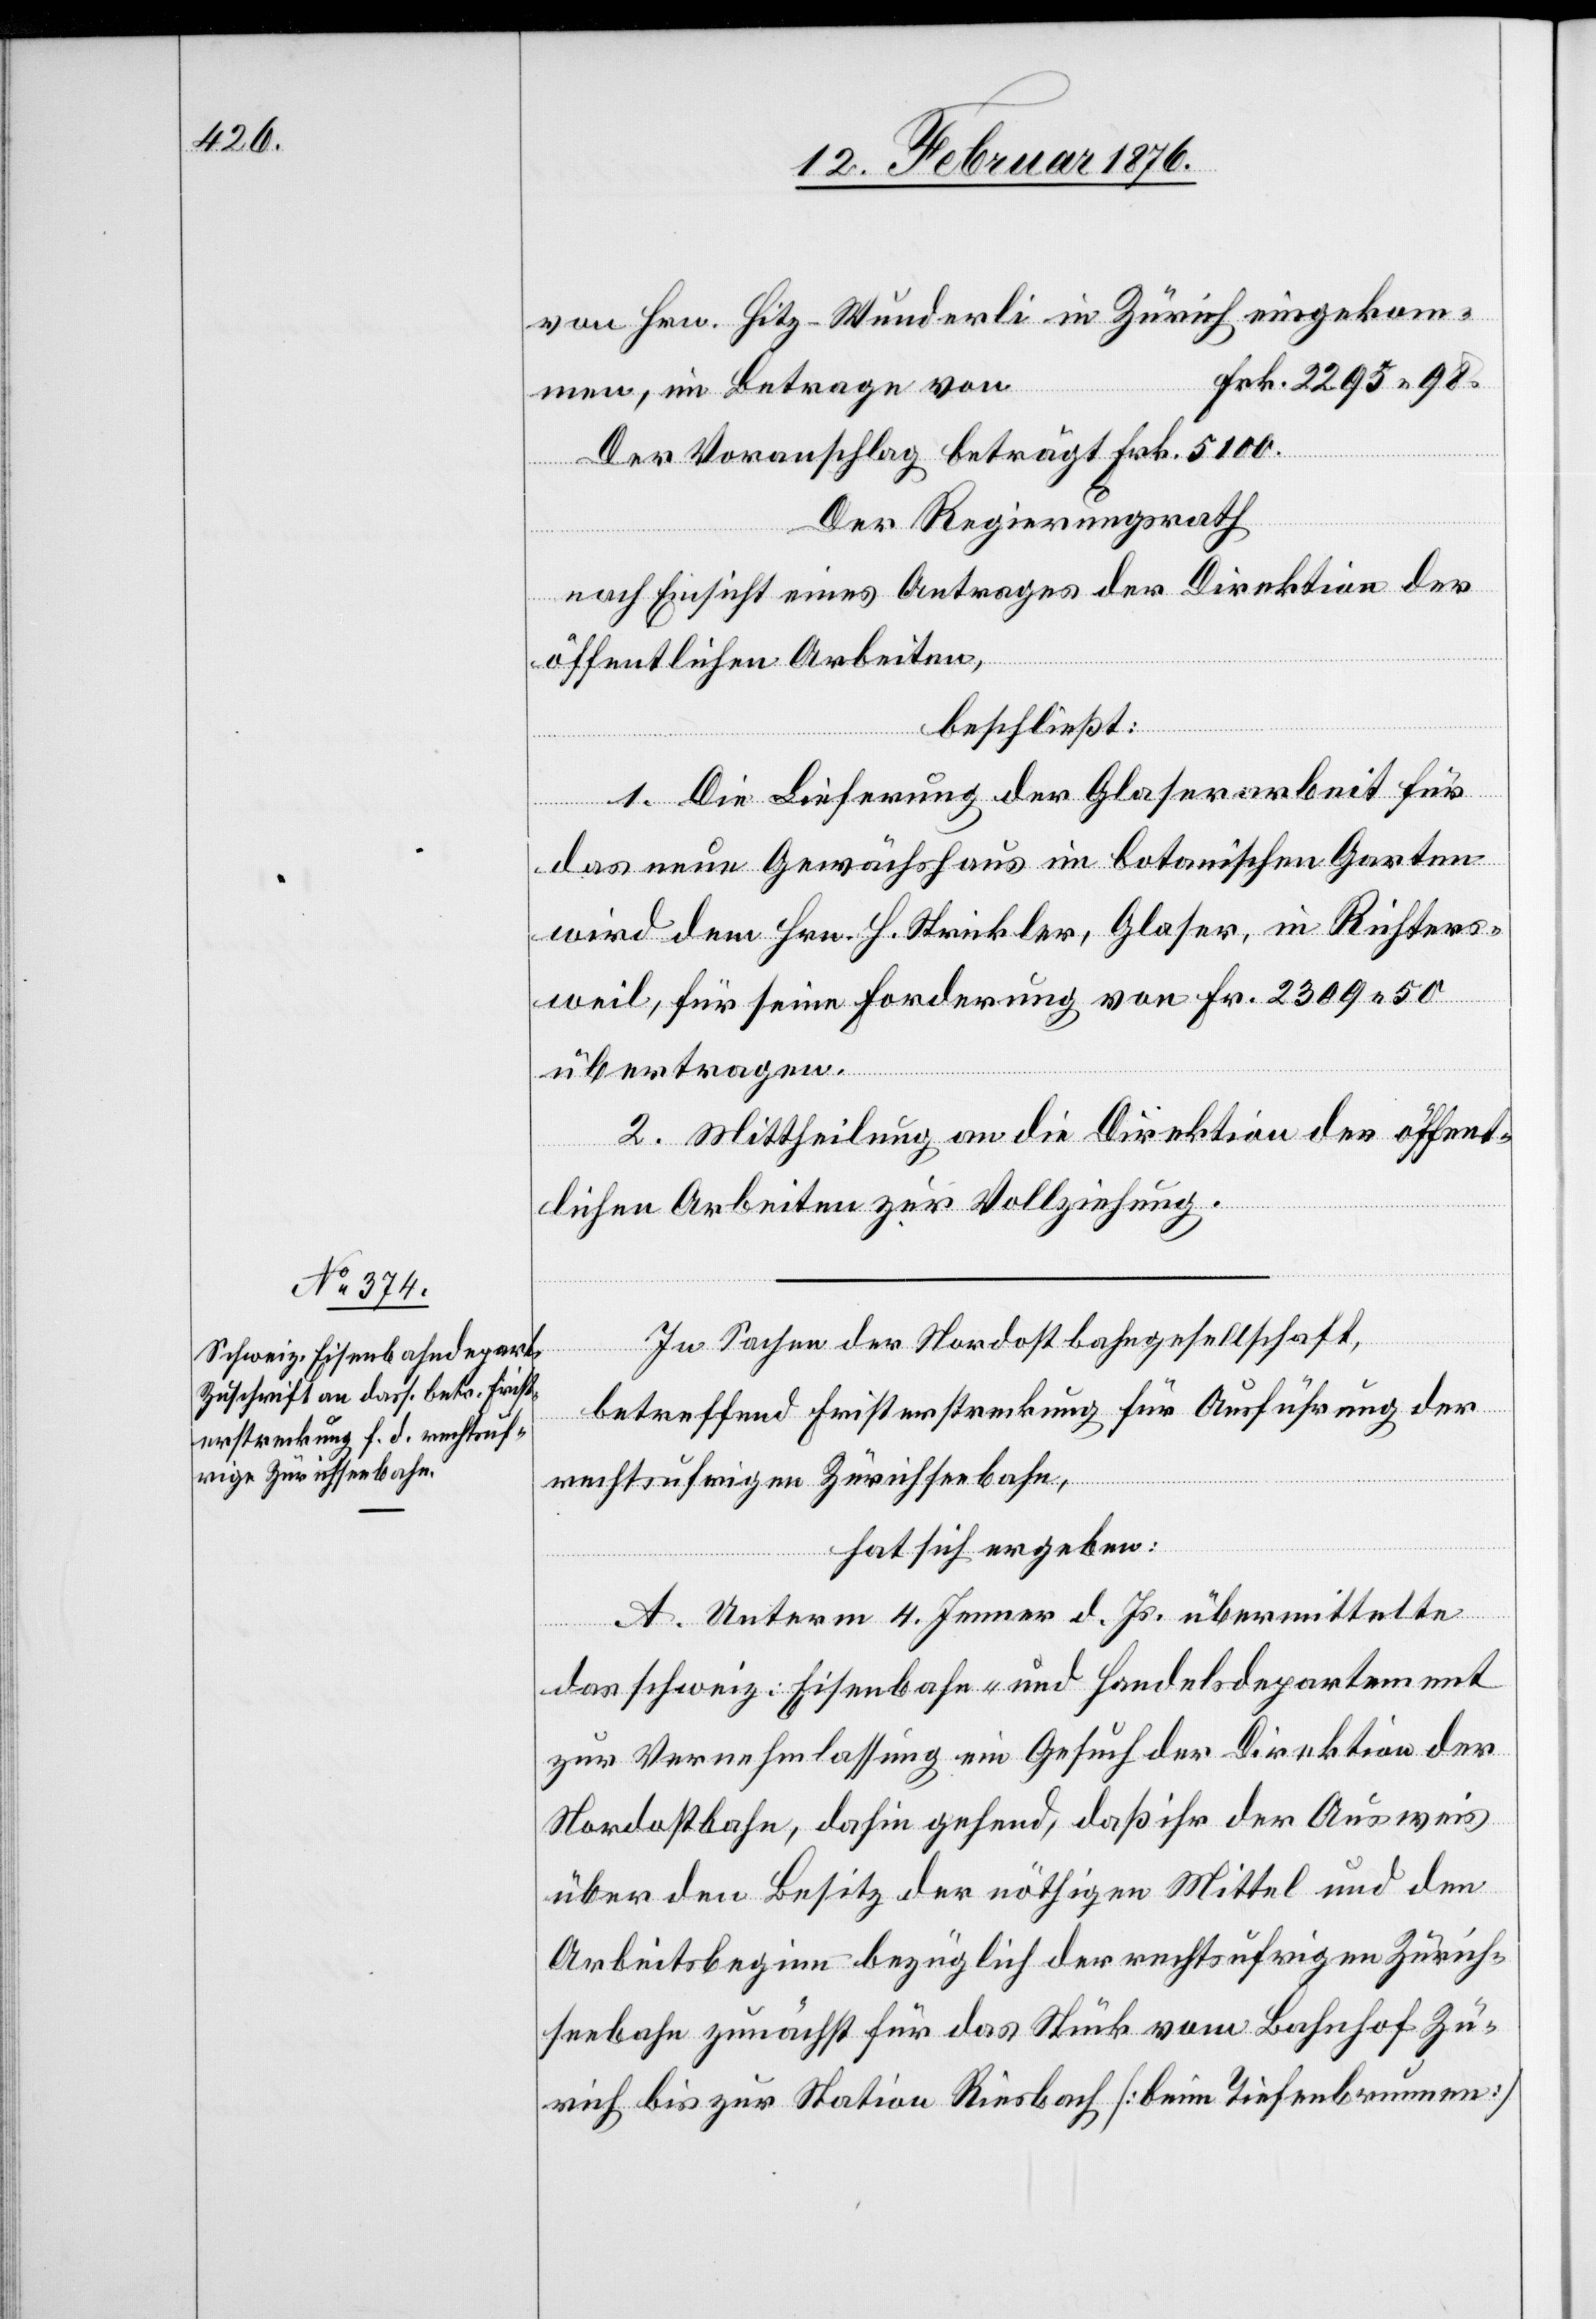
von Hrn. Hitz-Wunderli in Zürich eingekom¬
Frk. 2295 98.
men, im Betrage von
Der Regierungsrath,
nach Einsicht eines Antrages der Direktion der
öffentlichen Arbeiten,
beschließt:
1. Die Lieferung der Glaserarbeit für
das neue Gewächshaus im botanischen Garten
wird dem Hrn H. Stricker, Glaser, in Richters¬
weil, für seine Forderung von Frk. 2309 50
übertragen.
2. Mittheilung an die Direktion der öffent¬
lichen Arbeiten zur Vollziehung.
In Sachen der Nordostbahngesellschaft,
betreffend Fristerstreckung für Ausführung der
rechtsufrigen Zürichseebahn,
hat sich ergeben:
A. Unterm 4. Jenner d. Js. übermittelte
das schweiz. Eisenbahn- und Handelsdepartement
zur Vernehmlassung ein Gesuch der Direktion der
Nordostbahn, dahin gehend, daß ihr der Ausweis
über den Besitz der nöthigen Mittel und dem
Arbeitsbeginn bezüglich der rechtsufrigen Zürich¬
seebahn zunächst für das Stück vom Bahnhof Zü¬
rich bis zur Station Riesbach [beim Tiefenbrunnen]